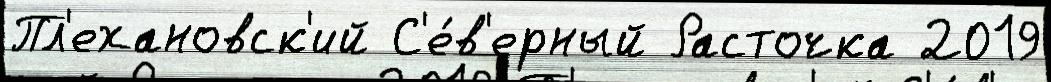
Пл'ехановск'ий С'е́в'ерный Расточка 2019